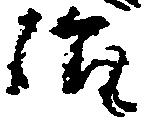
治